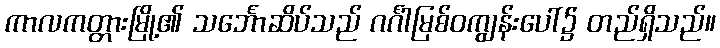
ကာလကတ္တားမြို့၏ သင်္ဘောဆိပ်သည် ဂင်္ဂါမြစ်ဝကျွန်းပေါ်၌ တည်ရှိသည်။